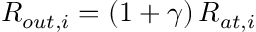
R _ { o u t , i } = \left( 1 + \gamma \right) R _ { a t , i }